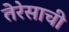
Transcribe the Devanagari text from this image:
तेरेसाची